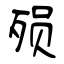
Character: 殒